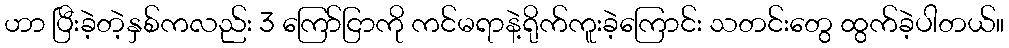
ဟာ ပြီးခဲ့တဲ့နှစ်ကလည်း 3 ကြော်ငြာကို ကင်မရာနဲ့ရိုက်ကူးခဲ့ကြောင်း သတင်းတွေ ထွက်ခဲ့ပါတယ်။